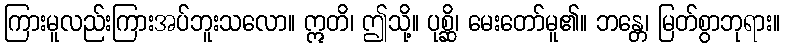
ကြားမူလည်းကြားအပ်ဘူးသလော။ ဣတိ၊ ဤသို့။ ပုစ္ဆိ၊ မေးတော်မူ၏။ ဘန္တေ၊ မြတ်စွာဘုရား။